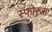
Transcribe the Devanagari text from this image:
स्फोरजा